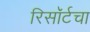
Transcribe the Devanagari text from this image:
रिसॉर्टचा